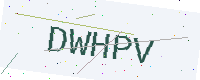
Text: DWHPV